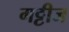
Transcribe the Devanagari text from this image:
गट्टीज